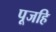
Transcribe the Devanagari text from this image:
पूजहि